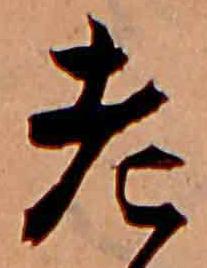
老